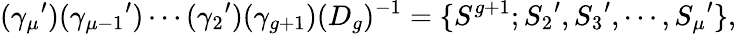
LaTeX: ({\gamma_{\mu}}^{\prime})({\gamma_{\mu-1}}^{\prime})\cdots({\gamma_{2}}^{\prime})(\gamma_{g+1})(D_{g})^{-1}=\{ S^{g+1};{S_{2}}^{\prime},{S_{3}}^{\prime},\cdots,{S_{\mu}}^{\prime}\} ,